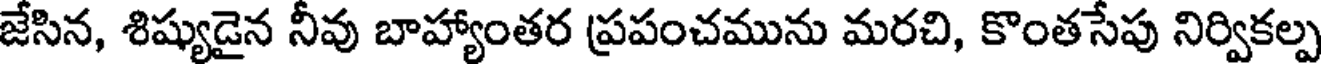
జేసిన, శిష్యుడైన నీవు బాహ్యాంతర ప్రపంచమును మరచి, కొంతసేపు నిర్వికల్ప